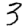
Digit: 3